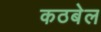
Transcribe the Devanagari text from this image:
कठबेल